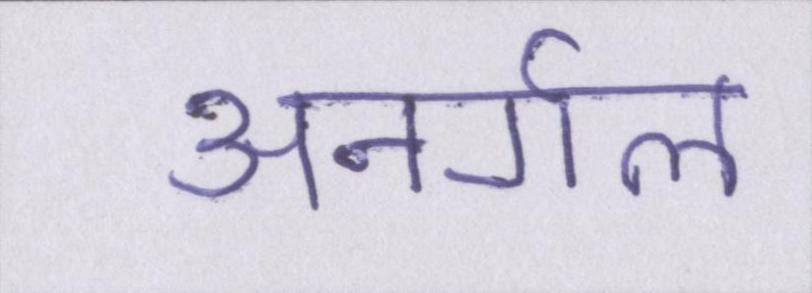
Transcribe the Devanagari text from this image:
अनर्गल